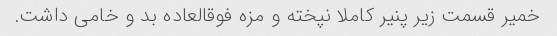
خمیر قسمت زیر پنیر کاملا نپخته و مزه فوقالعاده بد و خامی داشت.